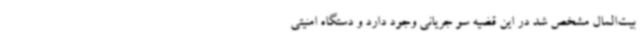
بیت‌المال مشخص شد در این قضیه سو جریانی وجود دارد و دستگاه امنیتی